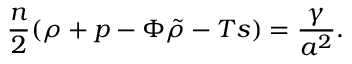
{ \frac { n } { 2 } } ( \rho + p - { \Phi \tilde { \rho } } - T s ) = { \frac { \gamma } { a ^ { 2 } } } .